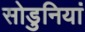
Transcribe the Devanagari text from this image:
सोडुनियां